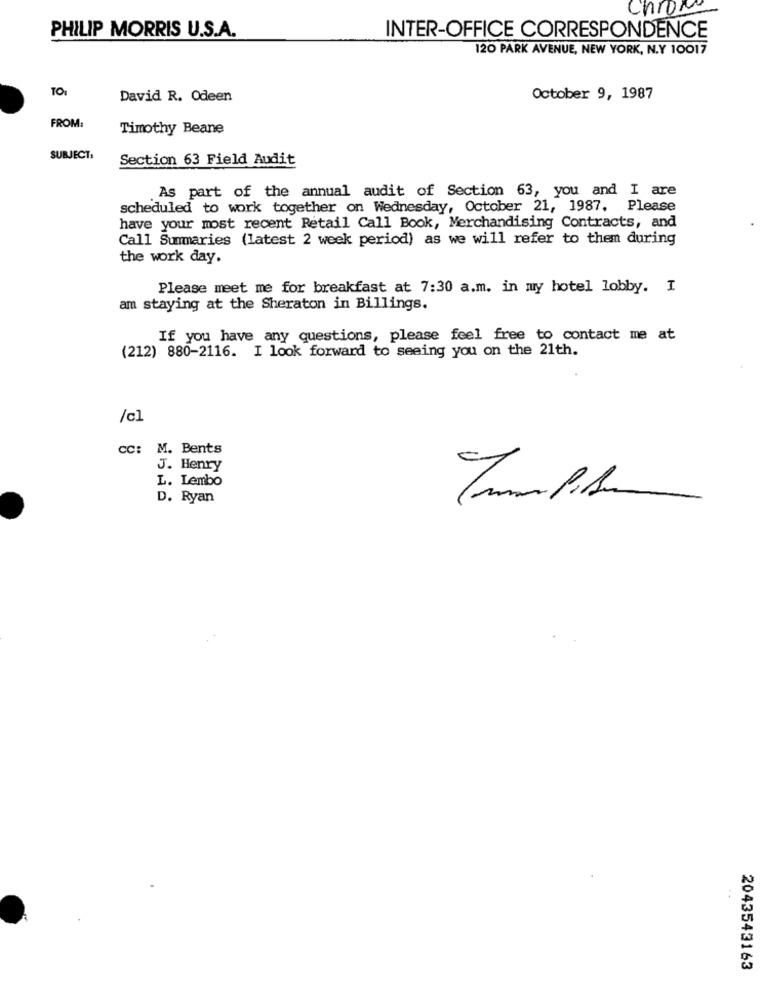
Chrom
PHILIP MORRIS U.S.A.
INTER-OFFICE CORRESPONDENCE
120 PARK AVENUE, NEW YORK, N.Y 10017
TO:
David R. Odeen
October 9, 1987
FROM:
Timothy Beane
SUBJECT:
Section 63 Field Audit
As part of the annual audit of Section 63, you and I are
scheduled to work together on Wednesday, October 21, 1987. Please
have your most recent Retail Call Book, Merchandising Contracts, and
Call Summaries (latest 2 week period) as we will refer to them during
the work day.
Please meet me for breakfast at 7:30 a.m. in my hotel lobby. I
am staying at the Sheraton in Billings.
If you have any questions, please feel free to contact me at
(212) 880-2116. I look forward to seeing you on the 21th.
/cl
CC: M. Bents
J. Henry
L. Lembo
D. Ryan
2043543163